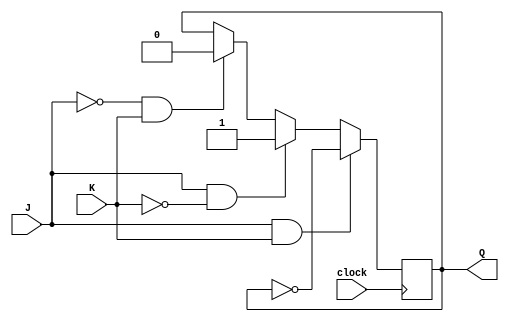
module jk_flip_flop (
    input clock,
    input J,
    input K,
    output reg Q
);

always @(posedge clock) begin
    if (J & K) begin
        Q <= ~Q; // Toggle Q
    end else if (J & ~K) begin
        Q <= 1; // Set Q
    end else if (~J & K) begin
        Q <= 0; // Reset Q
    end // else case for holding current state is not needed since Q will retain its value
end

endmodule